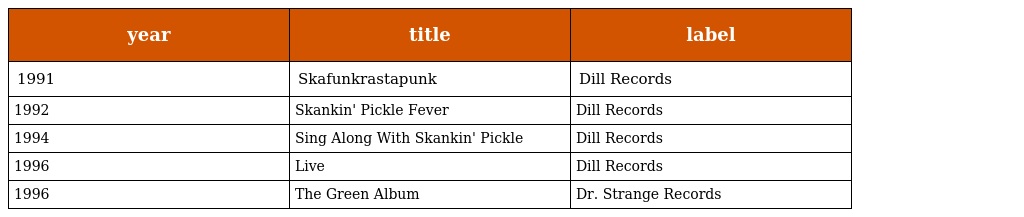
| year | title | label |
 | --- | --- | --- |
 | 1991 | Skafunkrastapunk | Dill Records |
 | 1992 | Skankin' Pickle Fever | Dill Records |
 | 1994 | Sing Along With Skankin' Pickle | Dill Records |
 | 1996 | Live | Dill Records |
 | 1996 | The Green Album | Dr. Strange Records |